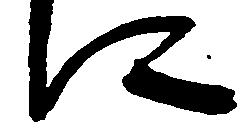
に